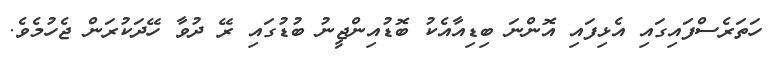
ހަތަރެސްފައިގައި އެޅިފައި އޮންނަ ބިޑިއާއެކު ބޮޑުއިންޖީނު ބުޑުގައި ރޭ ދުވާ ހޭދަކުރަން ޖެހުމެވެ.